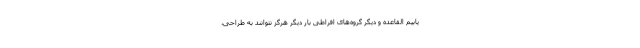
یابیم القاعده و دیگر گروه‌های افراطی بار دیگر هرگز نتوانند به طراحی،